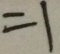
= 1